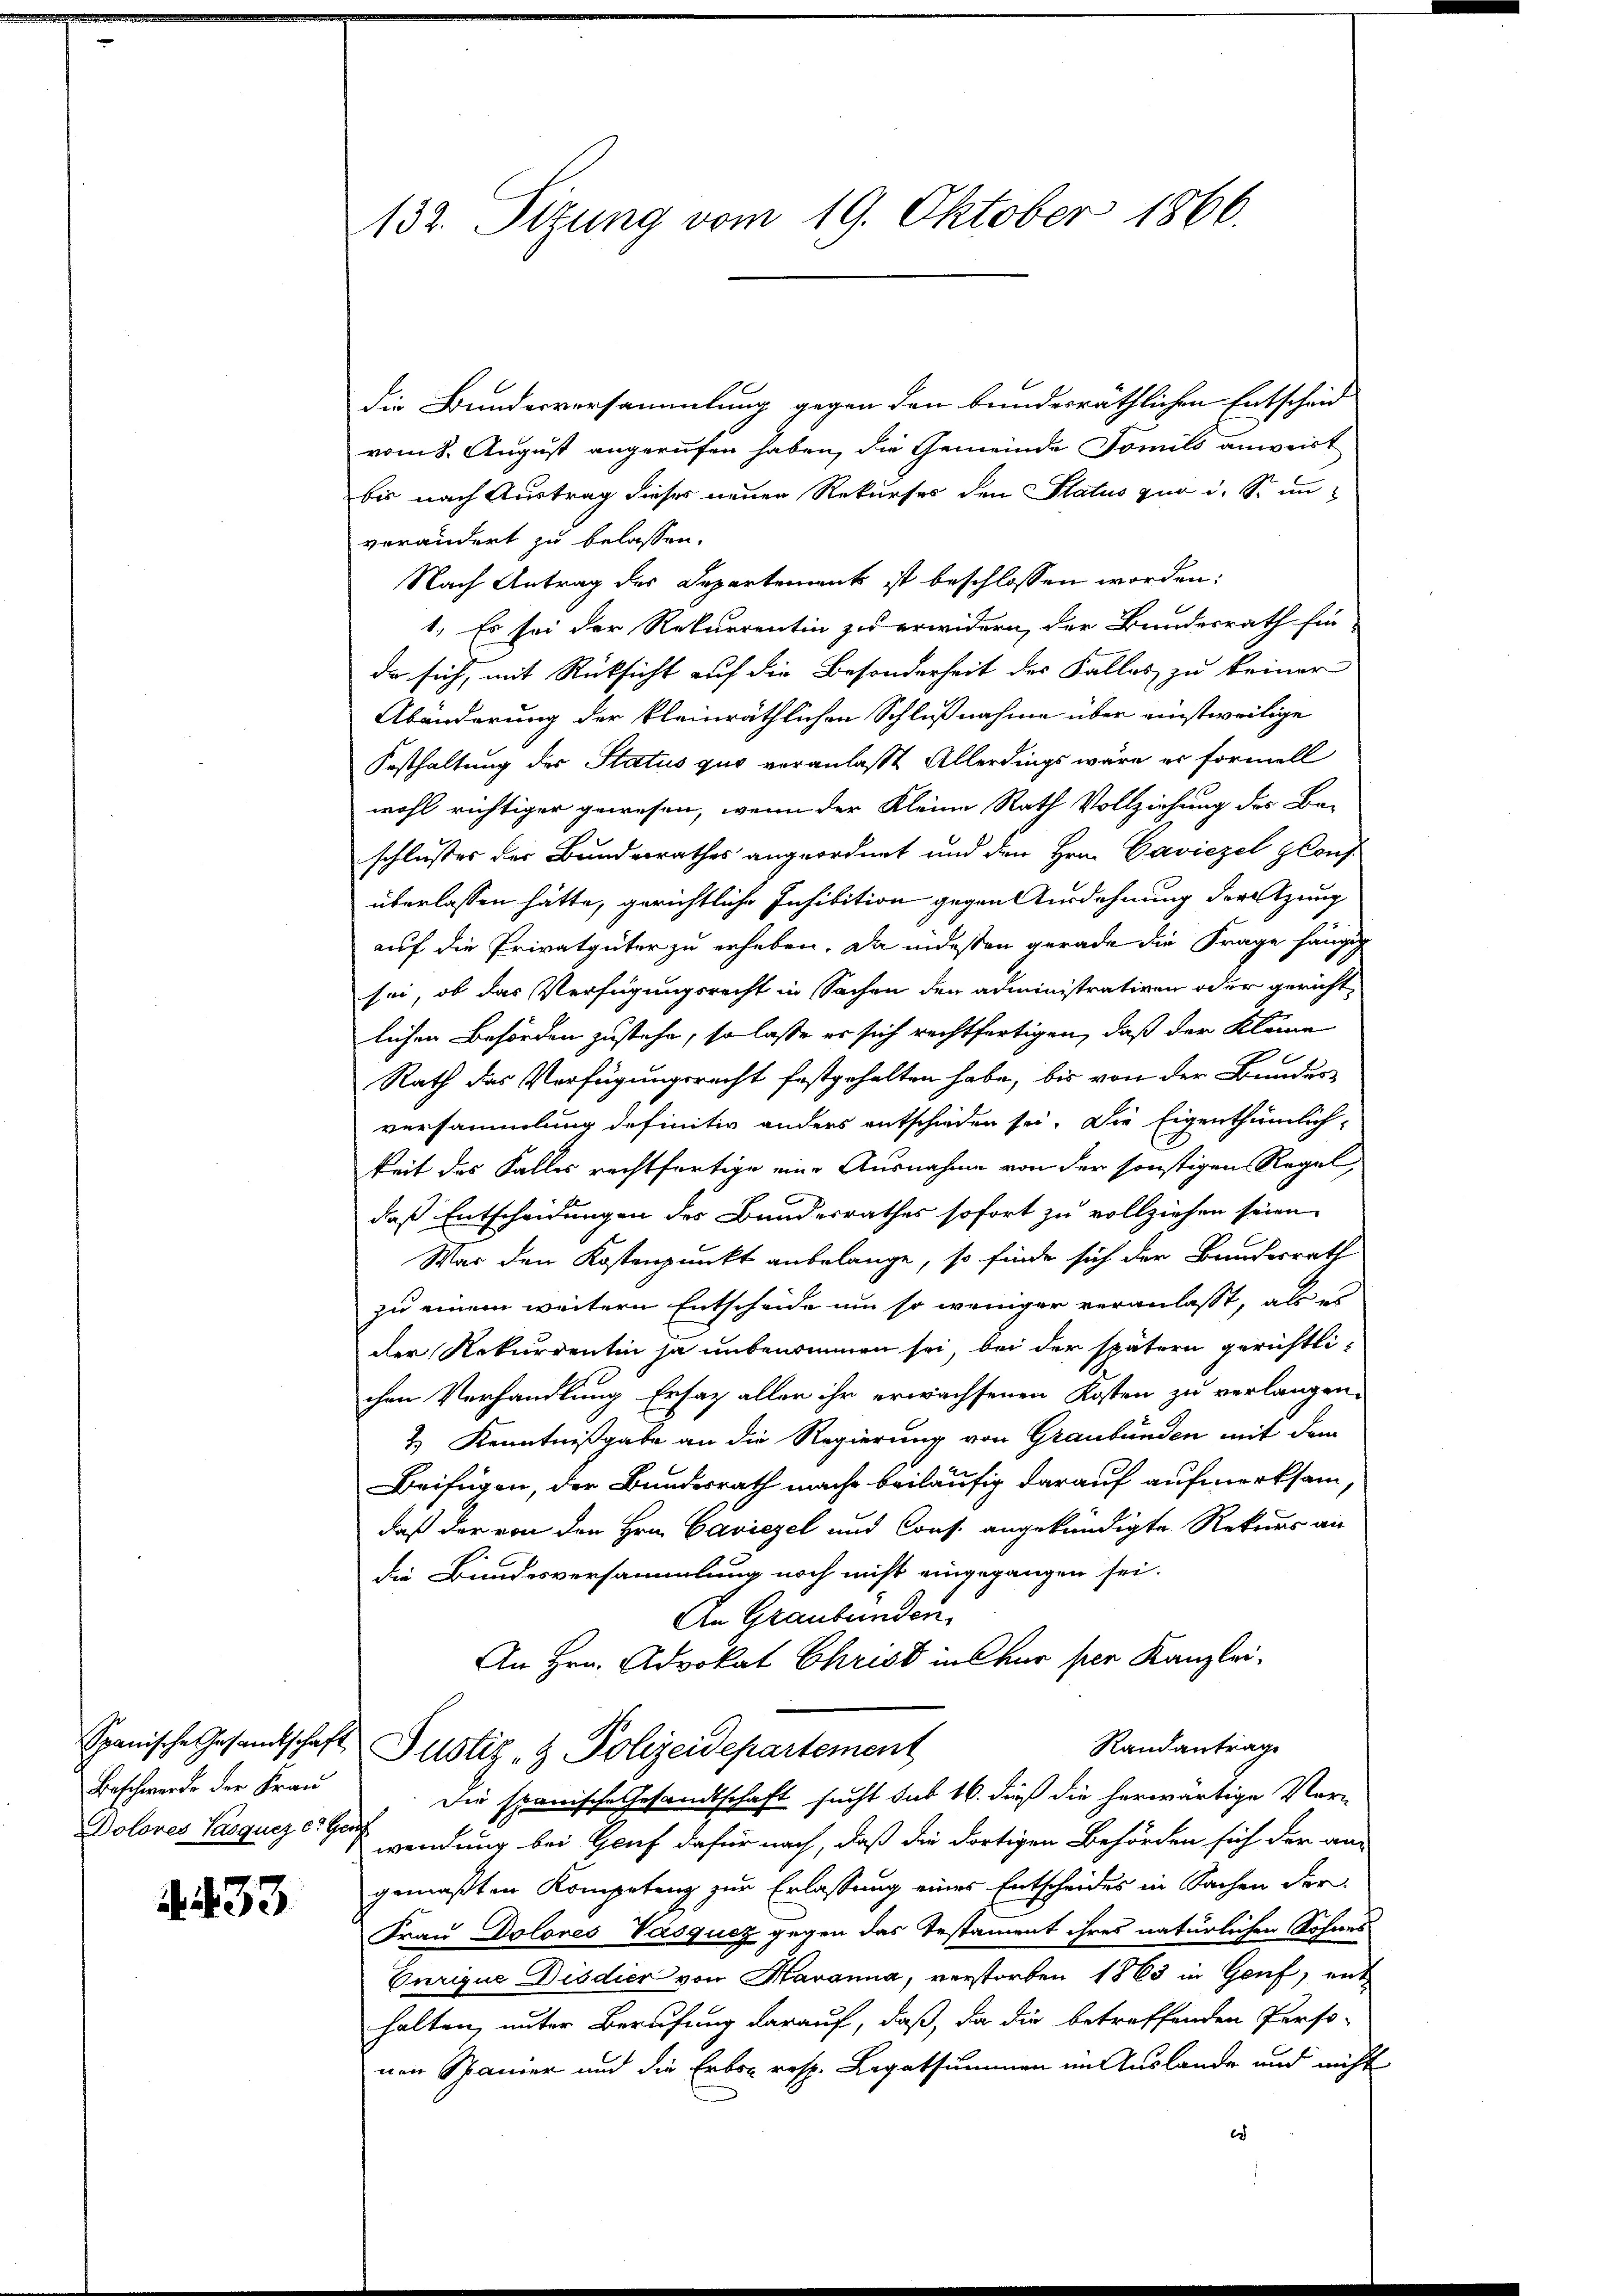
Beschwerde der Frau

433

132. Sizung vom 19. Oktober 1866.

die Bundesversammlung gegen den bundesräthlichen Entscheid
vom 8. August angerufen haben, die Gemeinde Familio anweit
bis nach Austrag dieses neuen Rekurses den Status zuo i. S. unverändert zu belassen.
Nach Antrag des Departement ist beschlossen worden:
1. Es sei der Rekurrentin zu erwidern, der Bundesrath fin-
da sich, mit Rücksicht auf die Besonderheit des Falles zu keiner
Abänderung der kleinräthlichen Schlußnahme über einstweilige
Festhaltung der Status quo veranlaßt Allerdings wäre er formell
wohl richtiger gewesen, wenn der Kleine Rath Vollziehung des Be-
schlußes der Bundesrathes angeordnet und den Hrn. Caviezel glous-
überlassen hätte, gerichtliche Inhibition gegen Ausdehnung der zung
auf die Privatgüter zu erheben. Da indessen gerade die Frage hängig
sei, ob das Verfügungsrecht in Sachen den administrativen oder gericht
lichen Behörden zustehe, so lasse er sich rechtfertigen, daß der Kleine
Rath das Verfügungsrecht festgehalten habe, bis von der Bauder-
versammlung definitiv anders entschieden sei. Die Eigenthümlich-
keit des Falles rechtfertige eine Ausnahme von der sonstigen Regel,
daß Entscheidungen des Bundesrathes sofort zu vollziehen seien
War den Kostenpunkt anbelange, so finde sich der Bundesrath
zu einem weitern Entscheide um so weniger veranlasst, als es
der Rekurrentin ja unbenommen sei, bei der spätern gerichtlichen Verhandlung Ersatz aller ihr erwachsenen Kosten zu verlangen.
2.) Kenntnißgabe an die Regierung von Graubünden mit dem
Beifügen, der Bundesrath mache beiläufig darauf aufmerksam,
daß der von den Hrn. Caviezel und Cons. angekündigte Rekurs an
die Bundesversammlung noch nicht eingegangen sei.
An Graubünden.
An Hrn. Advokat Christ in für per Kanzlei-
Randantrage
Spanische Gesandtschaft Justiz- & Polizeidepartement
Die spanische Gesandtschaft sucht sub 16. dieß die herwärtige Ver¬
Dolores Pasqucze, wendung bei Gauf dafür nach, daß die dortigen Behörden sich der an
gemaßten Kompetenz zur Erlassung eines Entscheides in Sachen der
Frau Doloves Vasqucz gegen das Testament ihres natürlichen Sohnes
Eurique Disdier von Havanna, verstorben 1863 in Genf, ent
halten, unter Berufung darauf, daß, da die betreffenden Perso-
nen Spanier und die Erbs- resp. Legatsummen im Auslande und nicht
er